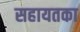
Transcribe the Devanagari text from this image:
सहायतका